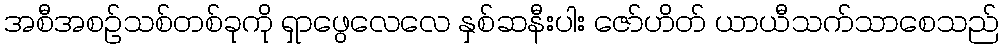
အစီအစဉ်သစ်တစ်ခုကို ရှာဖွေလေလေ နှစ်ဆနီးပါး ဇော်ဟိတ် ယာယီသက်သာစေသည်